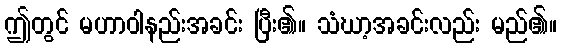
ဤတွင် မဟာဝါနည်းအခင်း ပြီး၏။ သံဃာ့အခင်းလည်း မည်၏။